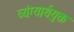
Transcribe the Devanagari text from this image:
व्यंग्यार्थयुक्त